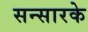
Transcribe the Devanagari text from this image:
सन्सारके